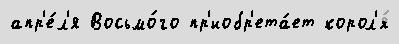
апр'е́л'я Восьмо́го пр'иобр'ета́ет корол'я́